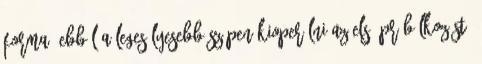
forma. Ebből a legesélyesebb szépen kioperálni az első próbálkozást.